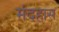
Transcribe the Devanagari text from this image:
मंदहास